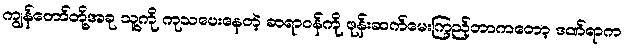
ကျွန်တော်တို့အခု သူ့ကို ကုသပေးနေတဲ့ ဆရာဝန်ကို ဖုန်းဆက်မေးကြည့်တာကတော့ ဒဏ်ရာက